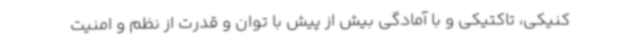
کنیکی، تاکتیکی و با آمادگی بیش از پیش با توان و قدرت از نظم و امنیت